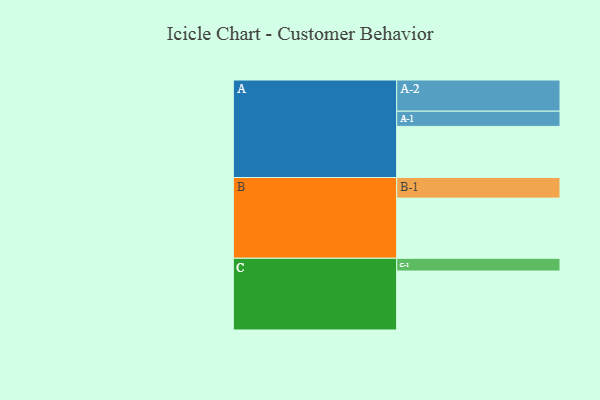
{"axis": {"x": "Segment", "y": "Value"}, "legend": ["", "A", "B", "C"], "data": [{"x": "A", "y": 464, "type": ""}, {"x": "B", "y": 546, "type": ""}, {"x": "C", "y": 535, "type": ""}, {"x": "A-1", "y": 138, "type": "A"}, {"x": "A-2", "y": 283, "type": "A"}, {"x": "B-1", "y": 187, "type": "B"}, {"x": "C-1", "y": 116, "type": "C"}]}